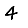
Digit: 4